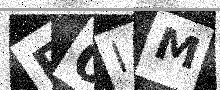
Text: F0IM